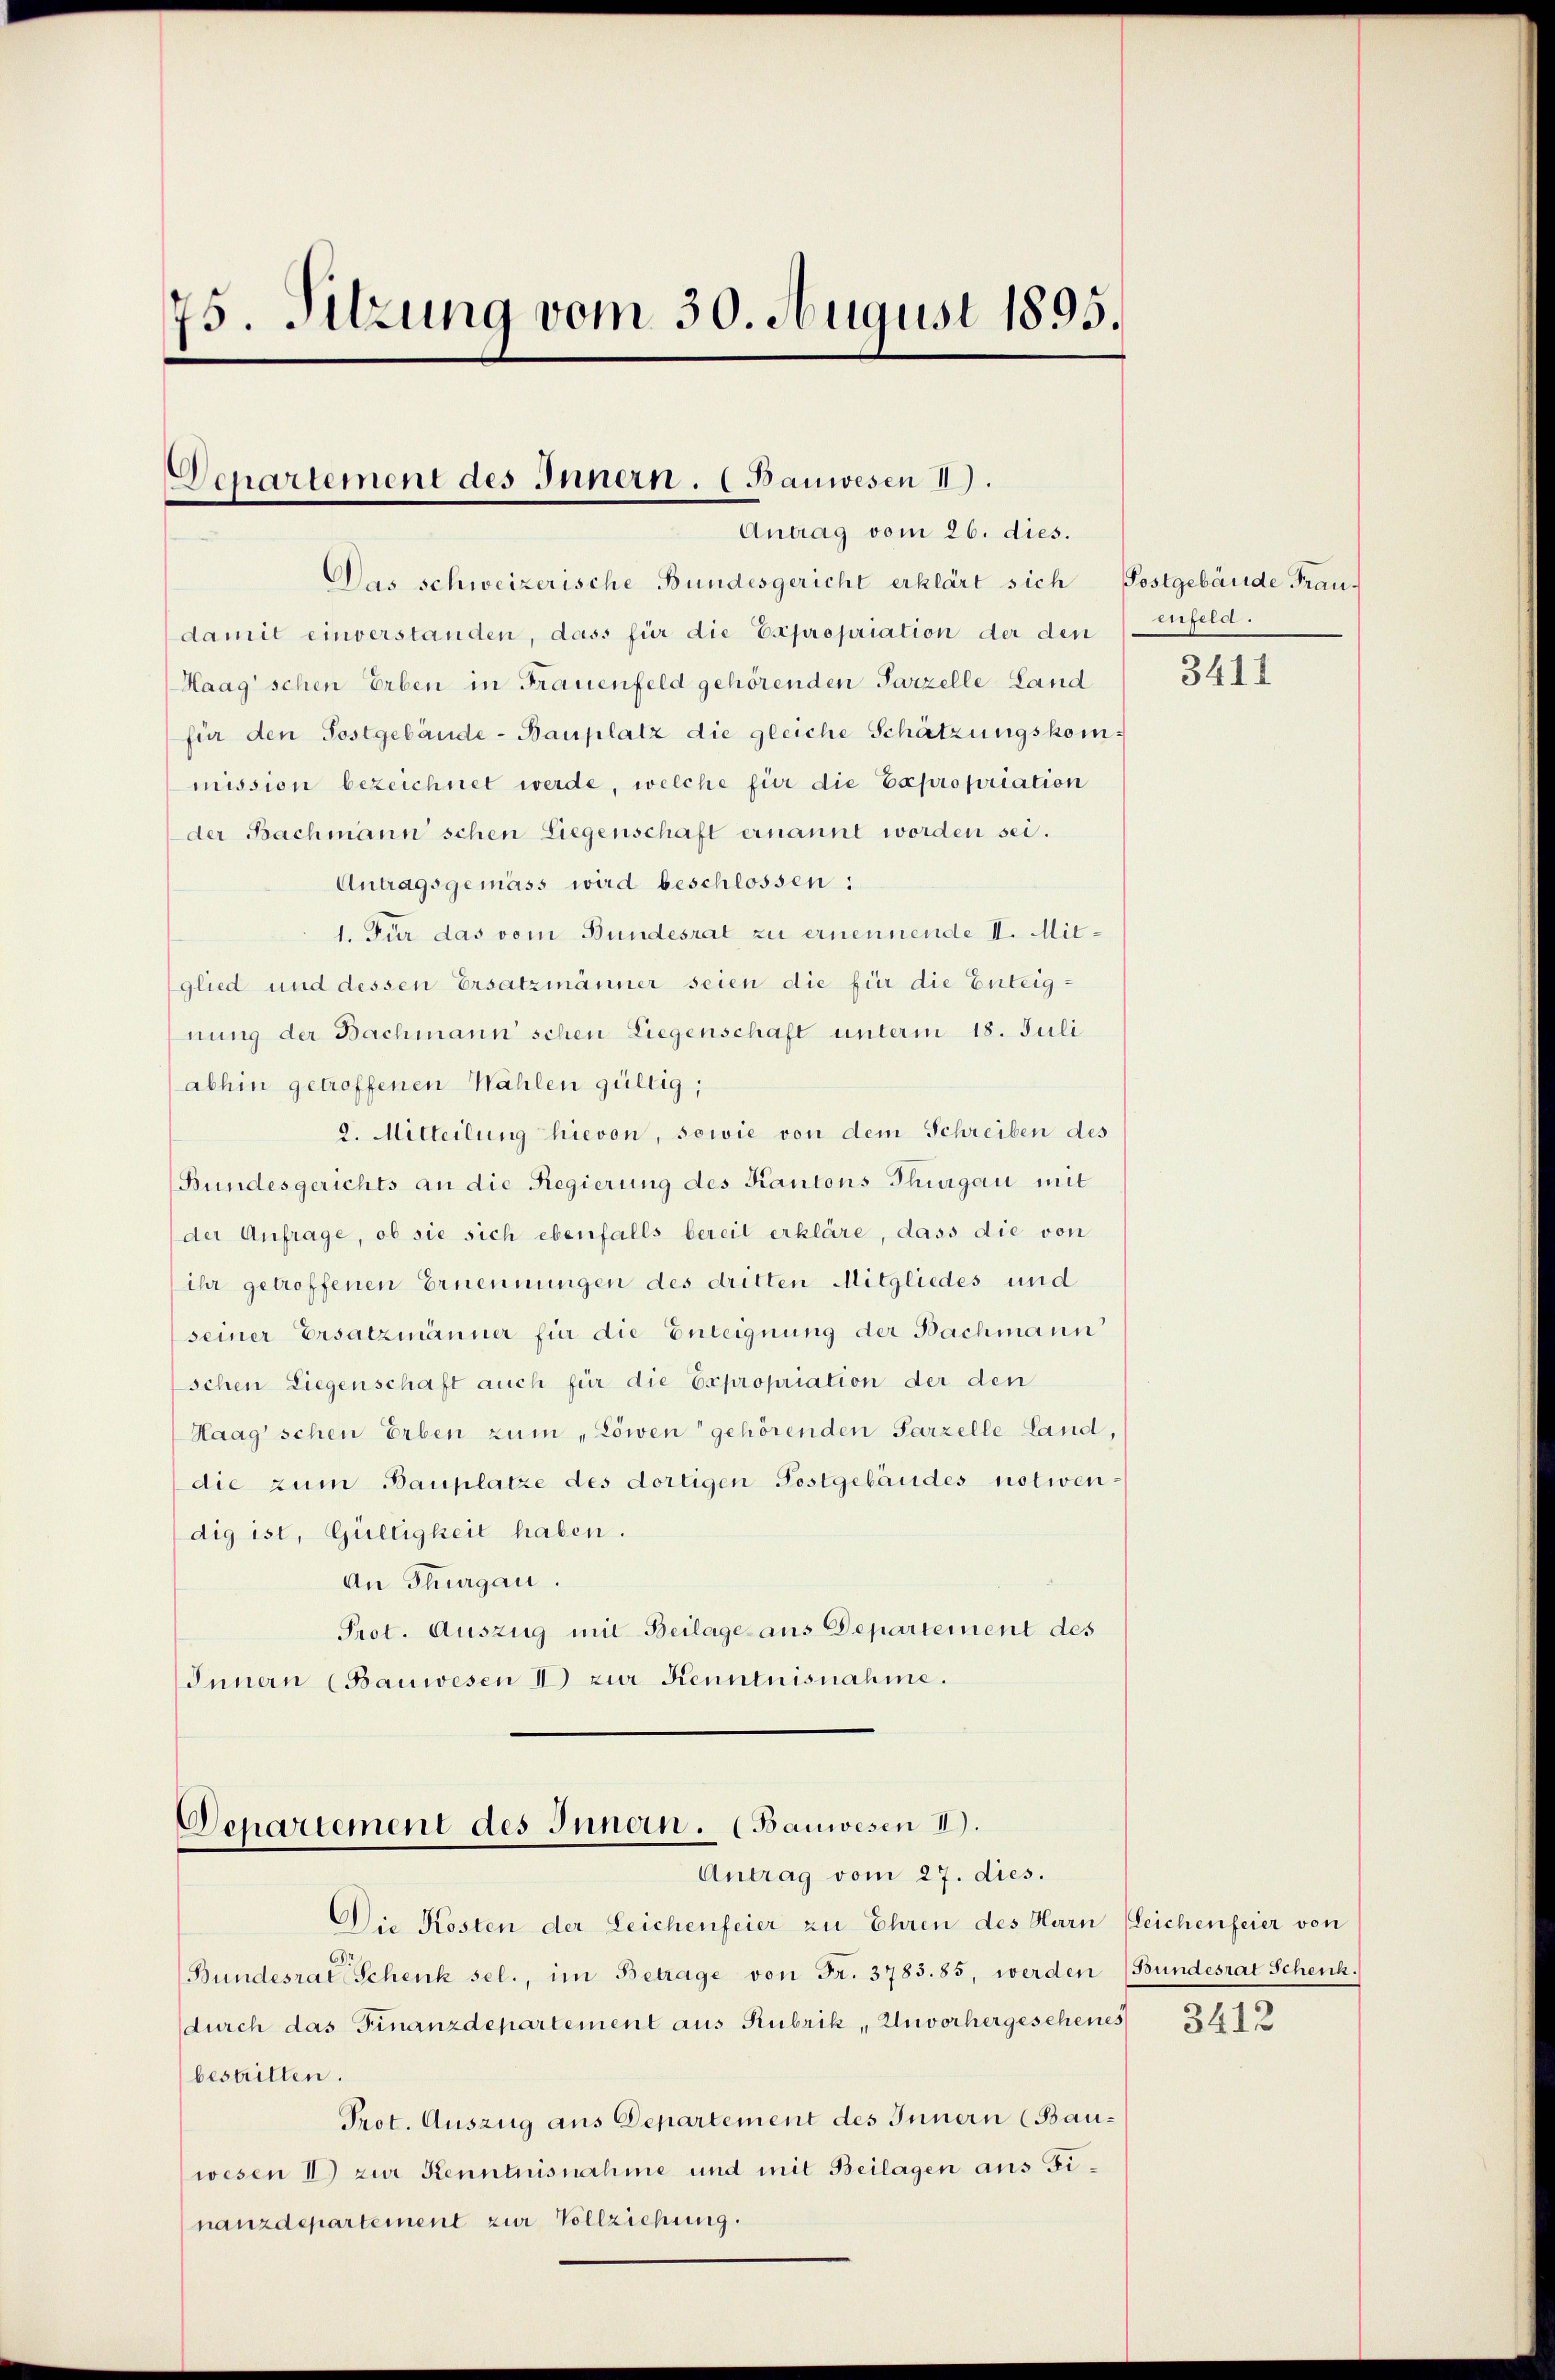
75. Sitzung vom 30. August 1895.

Departement des Innern. (Bauwesen 11.
Antrag vom 26. dies.

Das schweizerische Bundesgericht erklärt sich Postgebäude Frau
damit einverstanden, dass für die Expropriation der den
Haag schen Erben in Frauenfeld gehörenden Parzelle Land
für den Postgebäude-Bauplatz die gleiche Schätzungskommission bezeichnet werde, welche für die Expropriation
der Bachmann schen Liegenschaft ernannt worden sei.
Antragsgemäss wird beschlossen:
1. Für das vom Bundesrat zu ernennende II. Mitglied und dessen Ersatzmänner seien die für die Enteignung der Bachmann schen Liegenschaft unterm 18. Juli
abhin getroffenen Wahlen gültig;
2. Mitteilung hievon, sowie von dem Schreiben des
Bundesgerichts an die Regierung des Kantons Thurgau mit
der Anfrage, ob sie sich ebenfalls bereit erkläre, dass die von
ihr getroffenen Ernennungen des dritten Mitgliedes und
seiner Ersatzmänner für die Enteignung der Bachmann
schen Liegenschaft auch für die Expropriation der den
Haag schen Erben zum „Löwen gehörenden Parzelle Land,
die zum Bauplatze des dortigen Postgebäudes notwen:
dig ist, Gültigkeit haben.
An Thurgau.
Prot. Auszug mit Beilage aus Departement des
Innern (Bauwesen I zur Kenntnisnahme.

Departement des Innen. (Bauwesen II).
Antrag vom 27. dies.

Die Kosten der Leichenfeier zu Ehren des Harn
Bundesrat Schenk sel., im Betrage von Fr. 3783. 85, werden
(durch das Finanzdepartement aus Rubrik, Unvorhergesehenes
bestritten.
Prot. Auszug aus Departement des Innern (Bauwesen II) zur Kenntnisnahme und mit Beilagen aus Finanzdepartement zur Vollziehung.

enfeld.

3411

Leichenfeier von
Bundesrat Schenk.)

3412